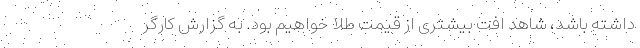
داشته باشد، شاهد افت بیشتری از قیمت طلا خواهیم بود. به گزارش کارگر